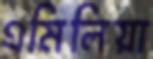
এমিলিয়া